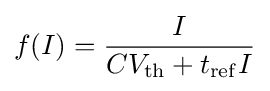
\,\!f(I)={\frac {I}{C_{\mathrm {} }V_{\mathrm {th} }+t_{\mathrm {ref} }I}}